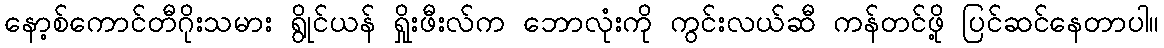
နော့စ်ကောင်တီဂိုးသမား ရွိုင်ယန် ရှိုးဖီးလ်က ဘောလုံးကို ကွင်းလယ်ဆီ ကန်တင်ဖို့ ပြင်ဆင်နေတာပါ။